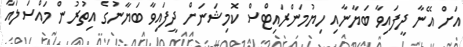
އަށް އޭނާ ދީފައިވާ ބަޔާނާއި ހިޔުމަންރައިޓްސް ކޮމިޝަނަށް ދީފައިވާ ބަޔާނުގެ އިތުރުން މައްސަލައާ